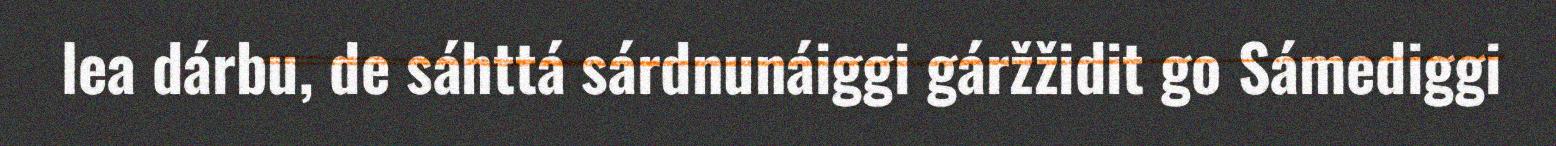
lea dárbu, de sáhttá sárdnunáiggi gáržžidit go Sámediggi